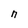
Character: n